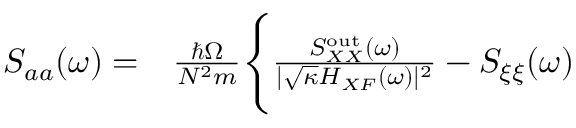
\begin{array} { r l } { S _ { a a } ( \omega ) = } & { { } \frac { \hbar \Omega } { N ^ { 2 } m } \Bigg \{ \frac { S _ { X X } ^ { \mathrm { o u t } } ( \omega ) } { | \sqrt { \kappa } H _ { X F } ( \omega ) | ^ { 2 } } - S _ { \xi \xi } ( \omega ) } \end{array}